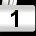
Digit: 1